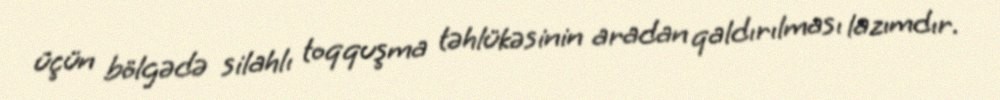
üçün bölgədə silahlı toqquşma təhlükəsinin aradan qaldırılması lazımdır.